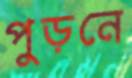
পুড়নে